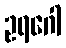
ဥရဂေါ